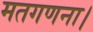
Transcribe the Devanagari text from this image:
मतगणना।